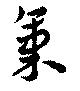
氣